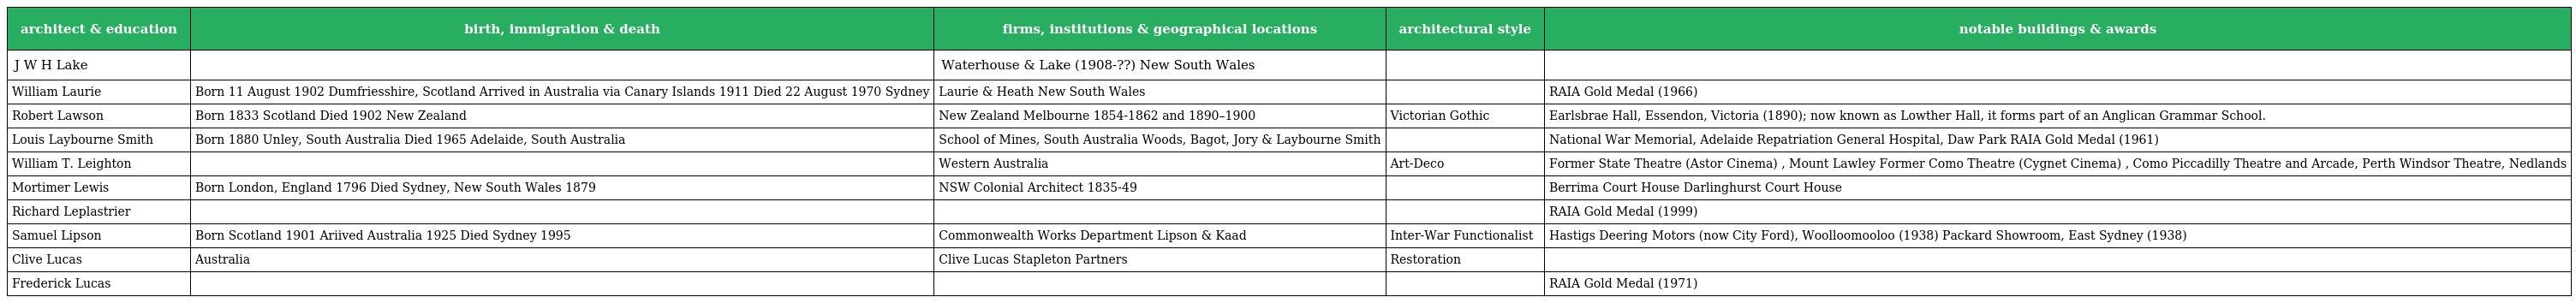
| architect & education | birth, immigration & death | firms, institutions & geographical locations | architectural style | notable buildings & awards |
 | --- | --- | --- | --- | --- |
 | J W H Lake |  | Waterhouse & Lake (1908-??) New South Wales |  |  |
 | William Laurie | Born 11 August 1902 Dumfriesshire, Scotland Arrived in Australia via Canary Islands 1911 Died 22 August 1970 Sydney | Laurie & Heath New South Wales |  | RAIA Gold Medal (1966) |
 | Robert Lawson | Born 1833 Scotland Died 1902 New Zealand | New Zealand Melbourne 1854-1862 and 1890–1900 | Victorian Gothic | Earlsbrae Hall, Essendon, Victoria (1890); now known as Lowther Hall, it forms part of an Anglican Grammar School. |
 | Louis Laybourne Smith | Born 1880 Unley, South Australia Died 1965 Adelaide, South Australia | School of Mines, South Australia Woods, Bagot, Jory & Laybourne Smith |  | National War Memorial, Adelaide Repatriation General Hospital, Daw Park RAIA Gold Medal (1961) |
 | William T. Leighton |  | Western Australia | Art-Deco | Former State Theatre (Astor Cinema) , Mount Lawley Former Como Theatre (Cygnet Cinema) , Como Piccadilly Theatre and Arcade, Perth Windsor Theatre, Nedlands |
 | Mortimer Lewis | Born London, England 1796 Died Sydney, New South Wales 1879 | NSW Colonial Architect 1835-49 |  | Berrima Court House Darlinghurst Court House |
 | Richard Leplastrier |  |  |  | RAIA Gold Medal (1999) |
 | Samuel Lipson | Born Scotland 1901 Ariived Australia 1925 Died Sydney 1995 | Commonwealth Works Department Lipson & Kaad | Inter-War Functionalist | Hastigs Deering Motors (now City Ford), Woolloomooloo (1938) Packard Showroom, East Sydney (1938) |
 | Clive Lucas | Australia | Clive Lucas Stapleton Partners | Restoration |  |
 | Frederick Lucas |  |  |  | RAIA Gold Medal (1971) |